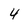
Character: 4